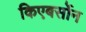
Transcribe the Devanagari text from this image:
किएबर्सोन